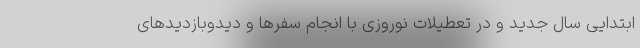
ابتدایی سال جدید و در تعطیلات نوروزی با انجام سفرها و دیدوبازدیدهای